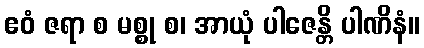
ဧဝံ ဇရာ စ မစ္စု စ၊ အာယုံ ပါဇေန္တိ ပါဏိနံ။